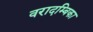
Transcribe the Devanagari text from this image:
वरादम्बिका